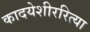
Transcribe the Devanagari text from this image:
कादयेशीररित्या